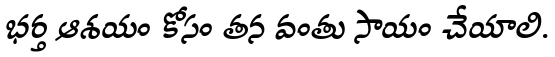
భర్త ఆశయం కోసం తన వంతు సాయం చేయాలి.